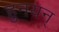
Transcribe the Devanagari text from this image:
हुनयन्